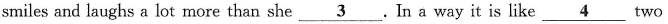
smiles and laughs a lot more than she \underline{3}. In a way it is like \underline{4} two